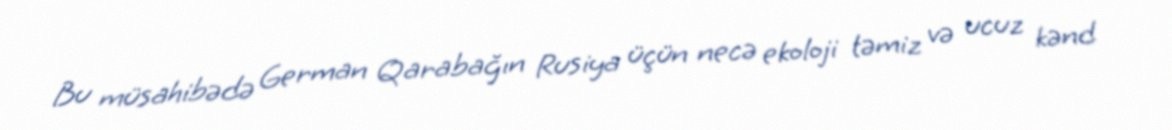
Bu müsahibədə German Qarabağın Rusiya üçün necə ekoloji təmiz və ucuz kənd